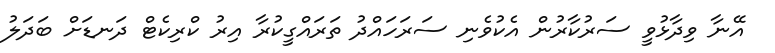
އޭނާ ވިދާޅުވީ ސަރުކާރުން އެކުވެނި ސަރަހައްދު ތަރައްގީކުރާ އިރު ކްރިކެޓް ދަނޑަށް ބަދަލު